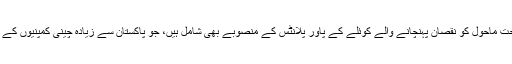
’سی پیک‘ کے تحت ماحول کو نقصان پہنچانے والے کوئلے کے پاور پلانٹس کے منصوبے بھی شامل ہیں، جو پاکستان سے زیادہ چینی کمپنیوں کے لیے فائدہ مند ہیں۔